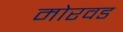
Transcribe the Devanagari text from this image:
मोरवड